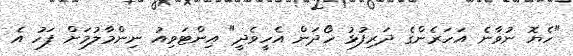
"ހެޔޮ ނުވާނެ އަހަރެންގެ ދަރިފުޅު ހޯދަން އެހީވެދީ" އިންޓަވިއު ނިންމާލުމަށް ފަހު އެ